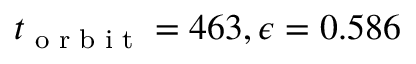
t _ { \textrm { o r b i t } } = 4 6 3 , \epsilon = 0 . 5 8 6